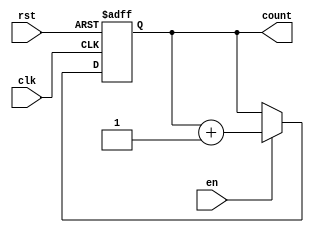
module synchronous_counter #(
    parameter WIDTH = 4  // Set the width of the counter (default is 4 bits)
)(
    input wire clk,      // Clock input
    input wire rst,      // Active-high asynchronous reset
    input wire en,       // Active-high enable signal
    output reg [WIDTH-1:0] count // Counter output
);

// Always block triggered on the rising edge of the clock
always @(posedge clk or posedge rst) begin
    if (rst) begin
        // Reset the counter to zero
        count <= {WIDTH{1'b0}};
    end else if (en) begin
        // Increment the counter if enabled
        count <= count + 1;
    end
end

endmodule